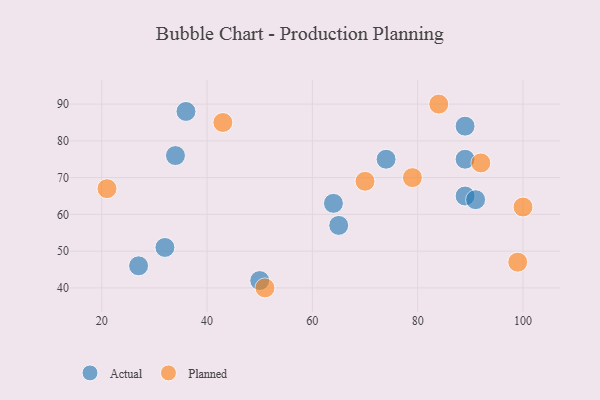
{"axis": {"x": "GDP", "y": "Life Expectancy"}, "legend": ["Actual", "Planned"], "data": [{"x": "50", "y": 42, "type": "Actual"}, {"x": "32", "y": 51, "type": "Actual"}, {"x": "89", "y": 65, "type": "Actual"}, {"x": "74", "y": 75, "type": "Actual"}, {"x": "34", "y": 76, "type": "Actual"}, {"x": "89", "y": 84, "type": "Actual"}, {"x": "91", "y": 64, "type": "Actual"}, {"x": "64", "y": 63, "type": "Actual"}, {"x": "65", "y": 57, "type": "Actual"}, {"x": "89", "y": 75, "type": "Actual"}, {"x": "27", "y": 46, "type": "Actual"}, {"x": "36", "y": 88, "type": "Actual"}, {"x": "79", "y": 70, "type": "Planned"}, {"x": "84", "y": 90, "type": "Planned"}, {"x": "51", "y": 40, "type": "Planned"}, {"x": "99", "y": 47, "type": "Planned"}, {"x": "43", "y": 85, "type": "Planned"}, {"x": "21", "y": 67, "type": "Planned"}, {"x": "70", "y": 69, "type": "Planned"}, {"x": "100", "y": 62, "type": "Planned"}, {"x": "92", "y": 74, "type": "Planned"}]}